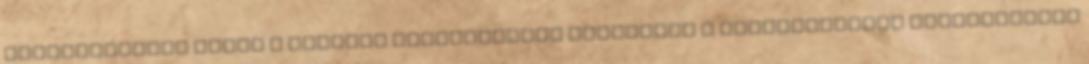
Tájékoztatást kérek a legjobb ajánlatokról Elfogadom a felhasználási feltételeket